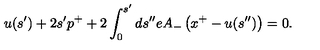
u ( s ^ { \prime } ) + 2 s ^ { \prime } p ^ { + } + 2 \int _ { 0 } ^ { s ^ { \prime } } d s ^ { \prime \prime } e A _ { - } \left( x ^ { + } - u ( s ^ { \prime \prime } ) \right) = 0 .